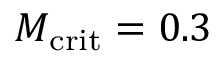
M _ { \mathrm { c r i t } } = 0 . 3